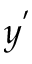
y ^ { ' }